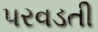
પરવડતી